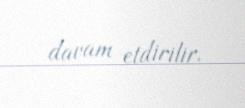
davam etdirilir.